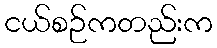
ငယ်စဉ်ကတည်းက